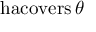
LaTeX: \operatorname { h a c o v e r s } \theta